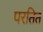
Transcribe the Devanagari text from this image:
परतित